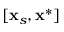
[ \mathbf { x } _ { s } , \mathbf { x } ^ { * } ]